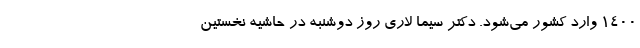
۱۴۰۰ وارد کشور می‌شود. دکتر سیما لاری روز دوشنبه در حاشیه نخستین